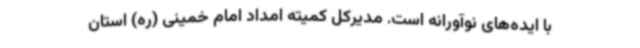
با ایده‌های نوآورانه است. مدیرکل کمیته امداد امام خمینی (ره) استان